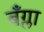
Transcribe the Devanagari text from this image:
बँग्ला